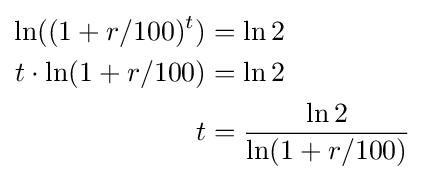
{\begin{aligned}\ln((1+r/100)^{t})&=\ln 2\\t\cdot \ln(1+r/100)&=\ln 2\\t&={\frac {\ln 2}{\ln(1+r/100)}}\end{aligned}}